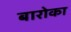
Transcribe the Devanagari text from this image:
बारोका